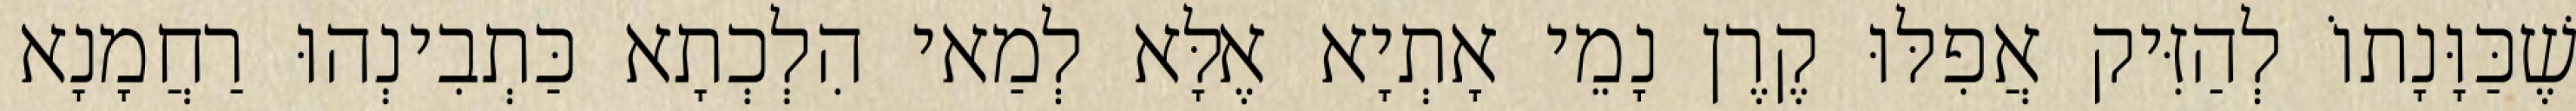
שֶׁכַּוָּנָתוֹ לְהַזִּיק אֲפִלּוּ קֶרֶן נָמֵי אָתְיָא אֶלָּא לְמַאי הִלְכְתָא כַּתְבִינְהוּ רַחֲמָנָא